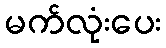
မက်လုံးပေး